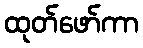
ထုတ်ဖော်ကာ